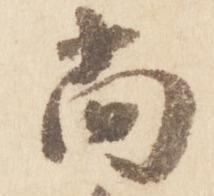
尚